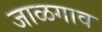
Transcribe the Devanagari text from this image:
जाळगाव